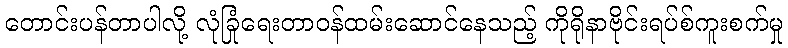
တောင်းပန်တာပါလို့ လုံခြုံရေးတာဝန်ထမ်းဆောင်နေသည့် ကိုရိုနာဗိုင်းရပ်စ်ကူးစက်မှု